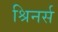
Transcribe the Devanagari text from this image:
श्रिनर्स